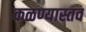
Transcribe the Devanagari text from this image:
कळण्यास्तव